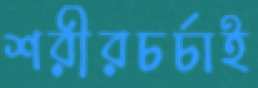
শরীরচর্চাই